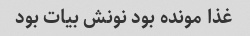
غذا مونده بود نونش بیات بود